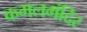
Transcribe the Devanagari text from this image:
कमलमंदिर